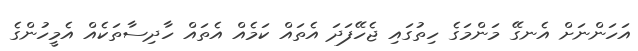
އަހަންނަށް އެނގޭ މަންމަގެ ހިތުގައި ޖެހޭފަދަ އެތައް ކަމެއް އެތައް ހާދިސާތަކެއް އެމީހުންގެ